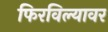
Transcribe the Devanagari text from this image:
फिरविल्यावर